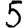
Digit: 5